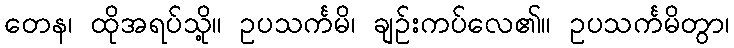
တေန၊ ထိုအရပ်သို့။ ဥပသင်္ကမိ၊ ချဉ်းကပ်လေ၏။ ဥပသင်္ကမိတွာ၊